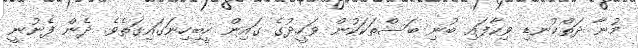
މުނާ ދަތްކުނޑި ވިކާފައި ބުނި ބަސްތަކަކުން ވަހީދުގެ ގައިން ހީބިހިނަގައިގަތެވެ. ދެން ފެނުނީ